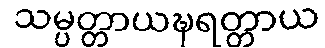
သမ္ပတ္တာယဍ္ဎရတ္တာယ